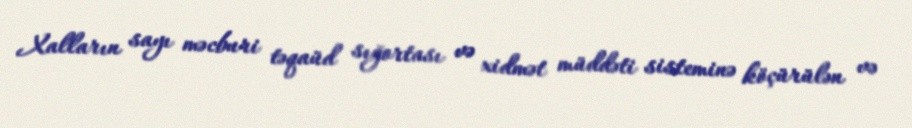
Xalların sayı məcburi təqaüd sığortası və xidmət müddəti sisteminə köçürülən və